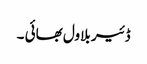
ڈئیر بلاول بھائی ۔